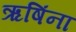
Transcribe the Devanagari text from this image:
ऋषिंना